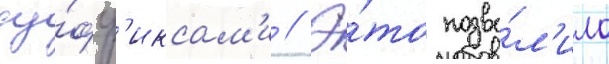
су́фф'иксам'и // Э́то позво́л'ило